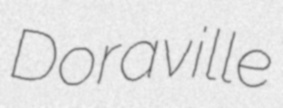
Doraville